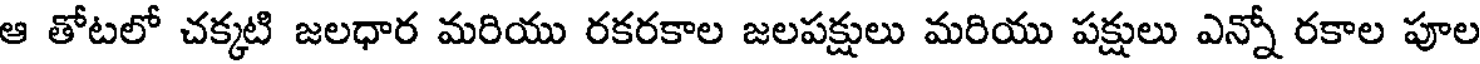
ఆ తోటలో చక్కటి జలధార మరియు రకరకాల జలపక్షులు మరియు పక్షులు ఎన్నో రకాల పూల